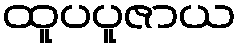
ထူပပူဇာယ